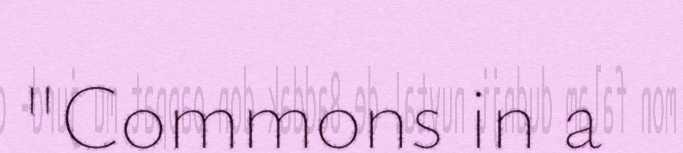
"Commons in a